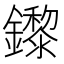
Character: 鑗